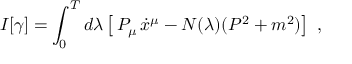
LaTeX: I [ \gamma ] = \int _ { 0 } ^ { T } d \lambda \left[ \, P _ { \mu } \, \dot { x } ^ { \mu } - N ( \lambda ) ( P ^ { 2 } + m ^ { 2 } ) \right] \ ,